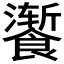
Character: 𫗚